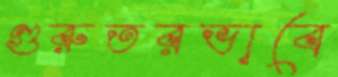
গুরুতরভাবে